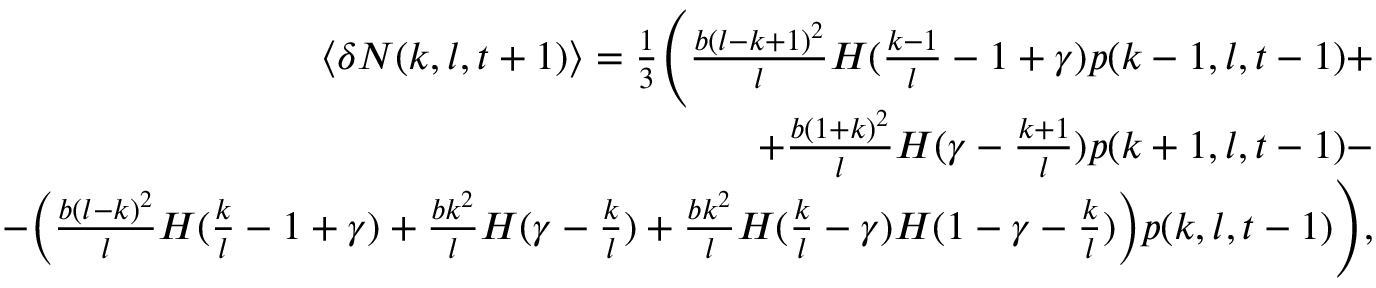
\begin{array} { r } { \langle \delta N ( k , l , t + 1 ) \rangle = \frac { 1 } { 3 } \Bigg ( \frac { b ( l - k + 1 ) ^ { 2 } } { l } H ( \frac { k - 1 } { l } - 1 + \gamma ) p ( k - 1 , l , t - 1 ) + } \\ { + \frac { b ( 1 + k ) ^ { 2 } } { l } H ( \gamma - \frac { k + 1 } { l } ) p ( k + 1 , l , t - 1 ) - } \\ { - \bigg ( \frac { b ( l - k ) ^ { 2 } } { l } H ( \frac { k } { l } - 1 + \gamma ) + \frac { b k ^ { 2 } } { l } H ( \gamma - \frac { k } { l } ) + \frac { b k ^ { 2 } } { l } H ( \frac { k } { l } - \gamma ) H ( 1 - \gamma - \frac { k } { l } ) \bigg ) p ( k , l , t - 1 ) \Bigg ) , } \end{array}